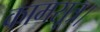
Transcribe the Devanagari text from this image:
कामसूत्र।